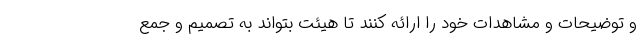
و توضیحات و مشاهدات خود را ارائه کنند تا هیئت بتواند به تصمیم و جمع